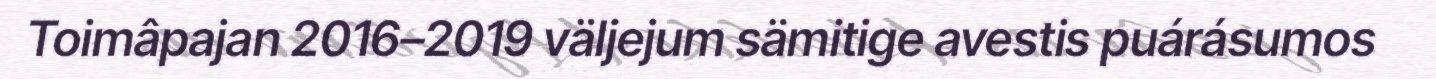
Toimâpajan 2016–2019 väljejum sämitige avestis puárásumos